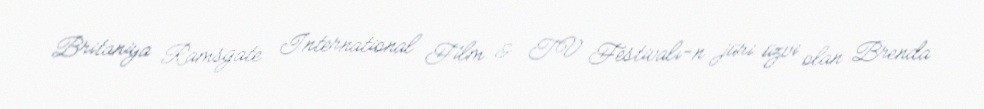
Britaniya Ramsgate International Film & TV Festivalı-n jüri üzvi olan Brenda